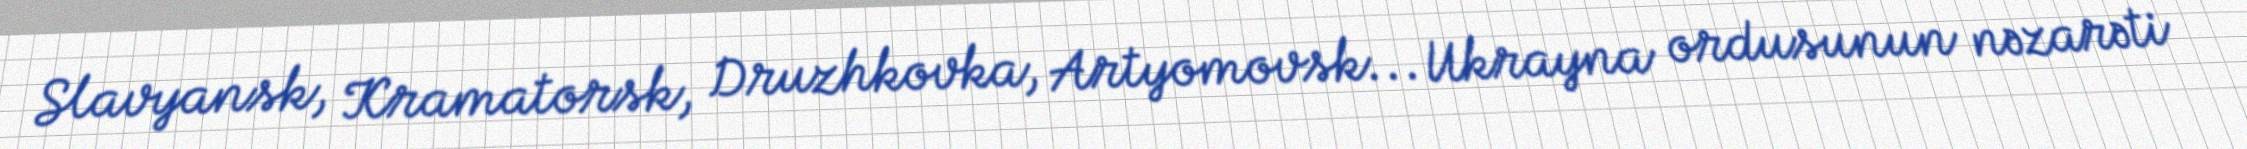
Slavyansk, Kramatorsk, Druzhkovka, Artyomovsk... Ukrayna ordusunun nəzarəti